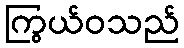
ကြွယ်ဝသည်